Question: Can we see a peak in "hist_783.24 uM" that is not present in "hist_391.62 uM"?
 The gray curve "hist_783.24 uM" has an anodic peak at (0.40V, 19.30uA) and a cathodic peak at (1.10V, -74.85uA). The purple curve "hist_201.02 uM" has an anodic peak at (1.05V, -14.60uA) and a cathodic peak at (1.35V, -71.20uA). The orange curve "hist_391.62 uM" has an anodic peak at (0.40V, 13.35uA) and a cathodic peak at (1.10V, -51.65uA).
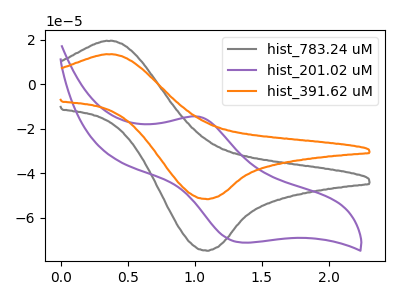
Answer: <think>All the peaks in "hist_783.24 uM" have a peak in "hist_391.62 uM" at the same potential. Every peak in "hist_783.24 uM" is higher than every peak in "hist_391.62 uM".
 </think>
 <answer>No, "hist_783.24 uM" and "hist_391.62 uM" don't appear to be significantly different in shape</answer>
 <eval>no_change</eval>